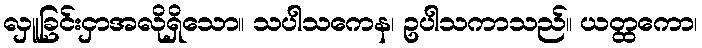
လှူခြင်းငှာအလိုရှိသော။ သပါသကေန၊ ဥပါသကာသည်။ ယတ္ထကော၊